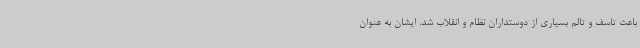
باعث تاسف و تالم بسیاری از دوستداران نظام و انقلاب شد. ایشان به عنوان